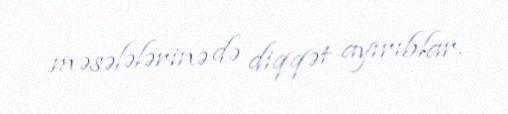
məsələlərinə də diqqət ayırıblar.